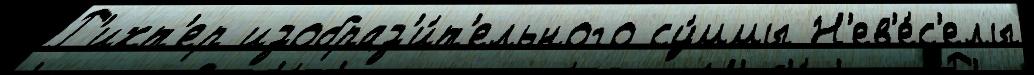
Р'ихт'ер изобраз'и́т'ельного су́ммы Н'ев'е́с'елы